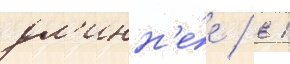
дл'инн'е́е / в 1